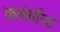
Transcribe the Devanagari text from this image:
कलेर्मोन्ट